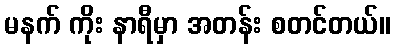
မနက် ကိုး နာရီမှာ အတန်း စတင်တယ်။